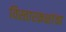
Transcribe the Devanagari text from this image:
विस्तारकक्षांचा